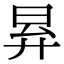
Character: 昪